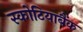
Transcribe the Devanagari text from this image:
स्कोटियाबैंक